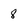
Character: 8